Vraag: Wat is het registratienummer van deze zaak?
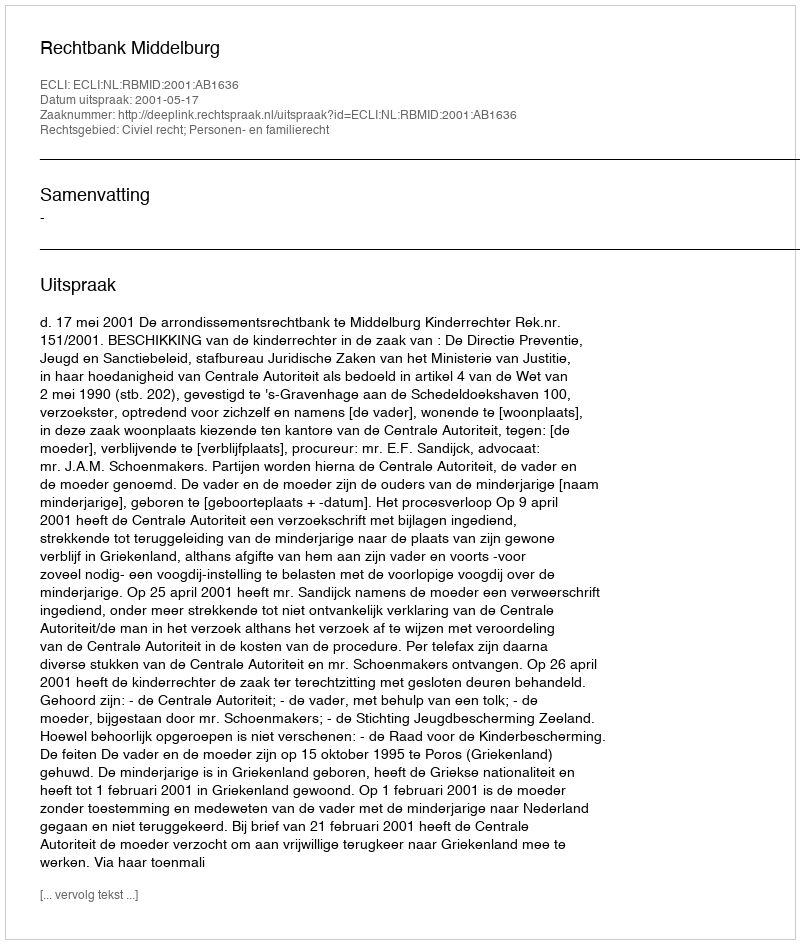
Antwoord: http://deeplink.rechtspraak.nl/uitspraak?id=ECLI:NL:RBMID:2001:AB1636